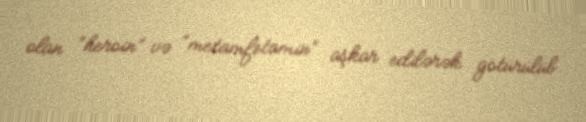
olan “heroin” və “metamfetamin” aşkar edilərək götürülüb.